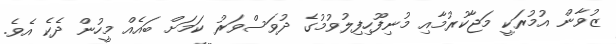
ޒުވާން އުމުރަކީ މަޖާކުރުމާއި މުނިފޫހިފިލުވުމުގެ ދުވަސްވަރު ކަމަށް ބައެއް މީހުން ދެކެ އެވެ.